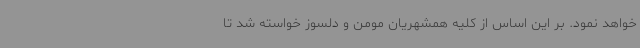
خواهد نمود. بر این اساس از کلیه همشهریان مومن و دلسوز خواسته شد تا